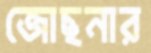
জোছনার